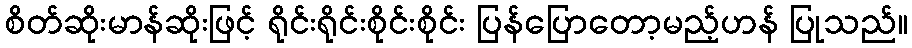
စိတ်ဆိုးမာန်ဆိုးဖြင့် ရိုင်းရိုင်းစိုင်းစိုင်း ပြန်ပြောတော့မည့်ဟန် ပြုသည်။